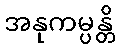
အနုကမ္ပန္တိ